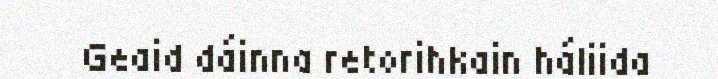
Geaid dáinna retorihkain háliida